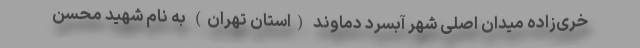
خری‌زاده میدان اصلی شهر آبسرد دماوند (استان تهران) به نام شهید محسن